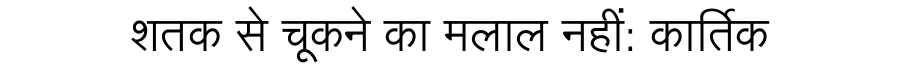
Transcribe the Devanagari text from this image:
शतक से चूकने का मलाल नहीं: कार्तिक